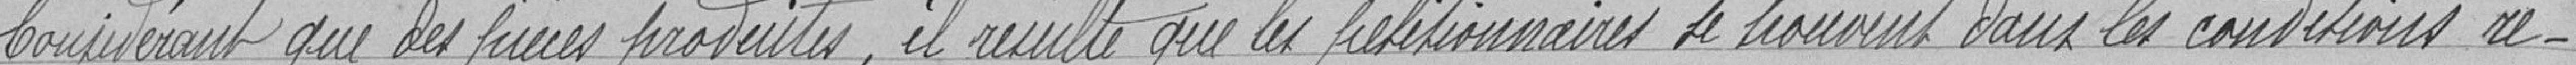
Considérant que des pièces produites, il résulte que les prélitionnaires     se trouvent dans les conditions re-